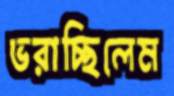
ভরাচ্ছিলেম